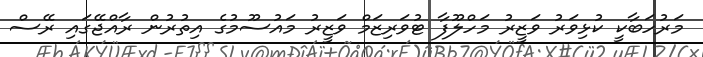
މަރުހަބާކީ ކުޅިވަރު ވަޒީރު މަހްލޫފާ ޓުވަރިޒަމް ވަޒީރު މައުސޫމުގެ އިތުރުން ރާއްޖޭގައި ރޭސް